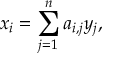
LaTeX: x _ { i } = \sum _ { j = 1 } ^ { n } a _ { i , j } y _ { j } ,